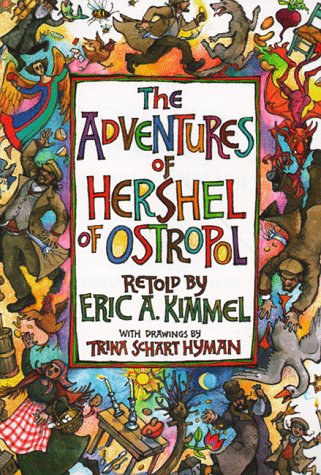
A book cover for The Adventures of Hershel of Ostropol; Children's Books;